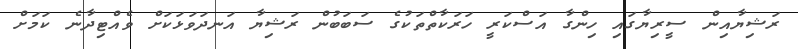
ރަޝިޔާއިން ސީރިޔާގައި ހިންގާ އަސްކަރީ ހަރަކާތްތަކުގެ ސަބަބުން ރަޝިޔާ އަނދަވަޅަކަށް ވެއްޓިދާނެ ކަމަށް